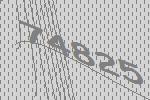
74825